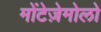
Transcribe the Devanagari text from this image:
मोंटेज़ेमोलो